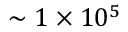
\sim 1 \times 1 0 ^ { 5 }